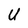
Character: U